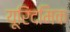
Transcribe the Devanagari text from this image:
यूरिदमिक